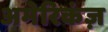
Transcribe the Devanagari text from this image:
अमेरिकंज़